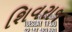
શિવરાજ